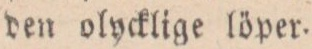
den olycklige löper.